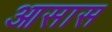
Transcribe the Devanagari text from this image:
आसास